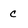
Character: c